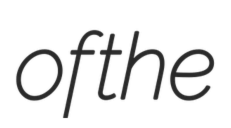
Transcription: of the